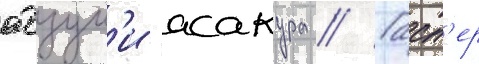
адзум'и асакура // Гасп'ер